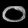
Digit: ၀